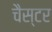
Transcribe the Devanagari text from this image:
चैस्टर